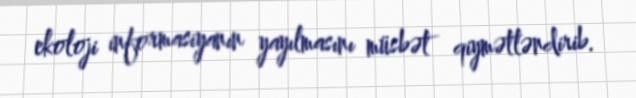
ekoloji informasiyanın yayılmasını müsbət qiymətləndirib.